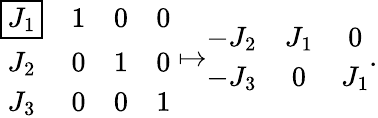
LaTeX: \begin{array}{r}{\begin{array}{cccc}{\boxed{J_{1}}}&{1}&{0}&{0}\\ {J_{2}}&{0}&{1}&{0}\\ {J_{3}}&{0}&{0}&{1}\end{array}\mapsto\begin{array}{ccc}{-J_{2}}&{J_{1}}&{0}\\ {-J_{3}}&{0}&{J_{1}}\end{array}.}\end{array}